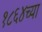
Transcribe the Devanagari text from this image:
१८६४च्या